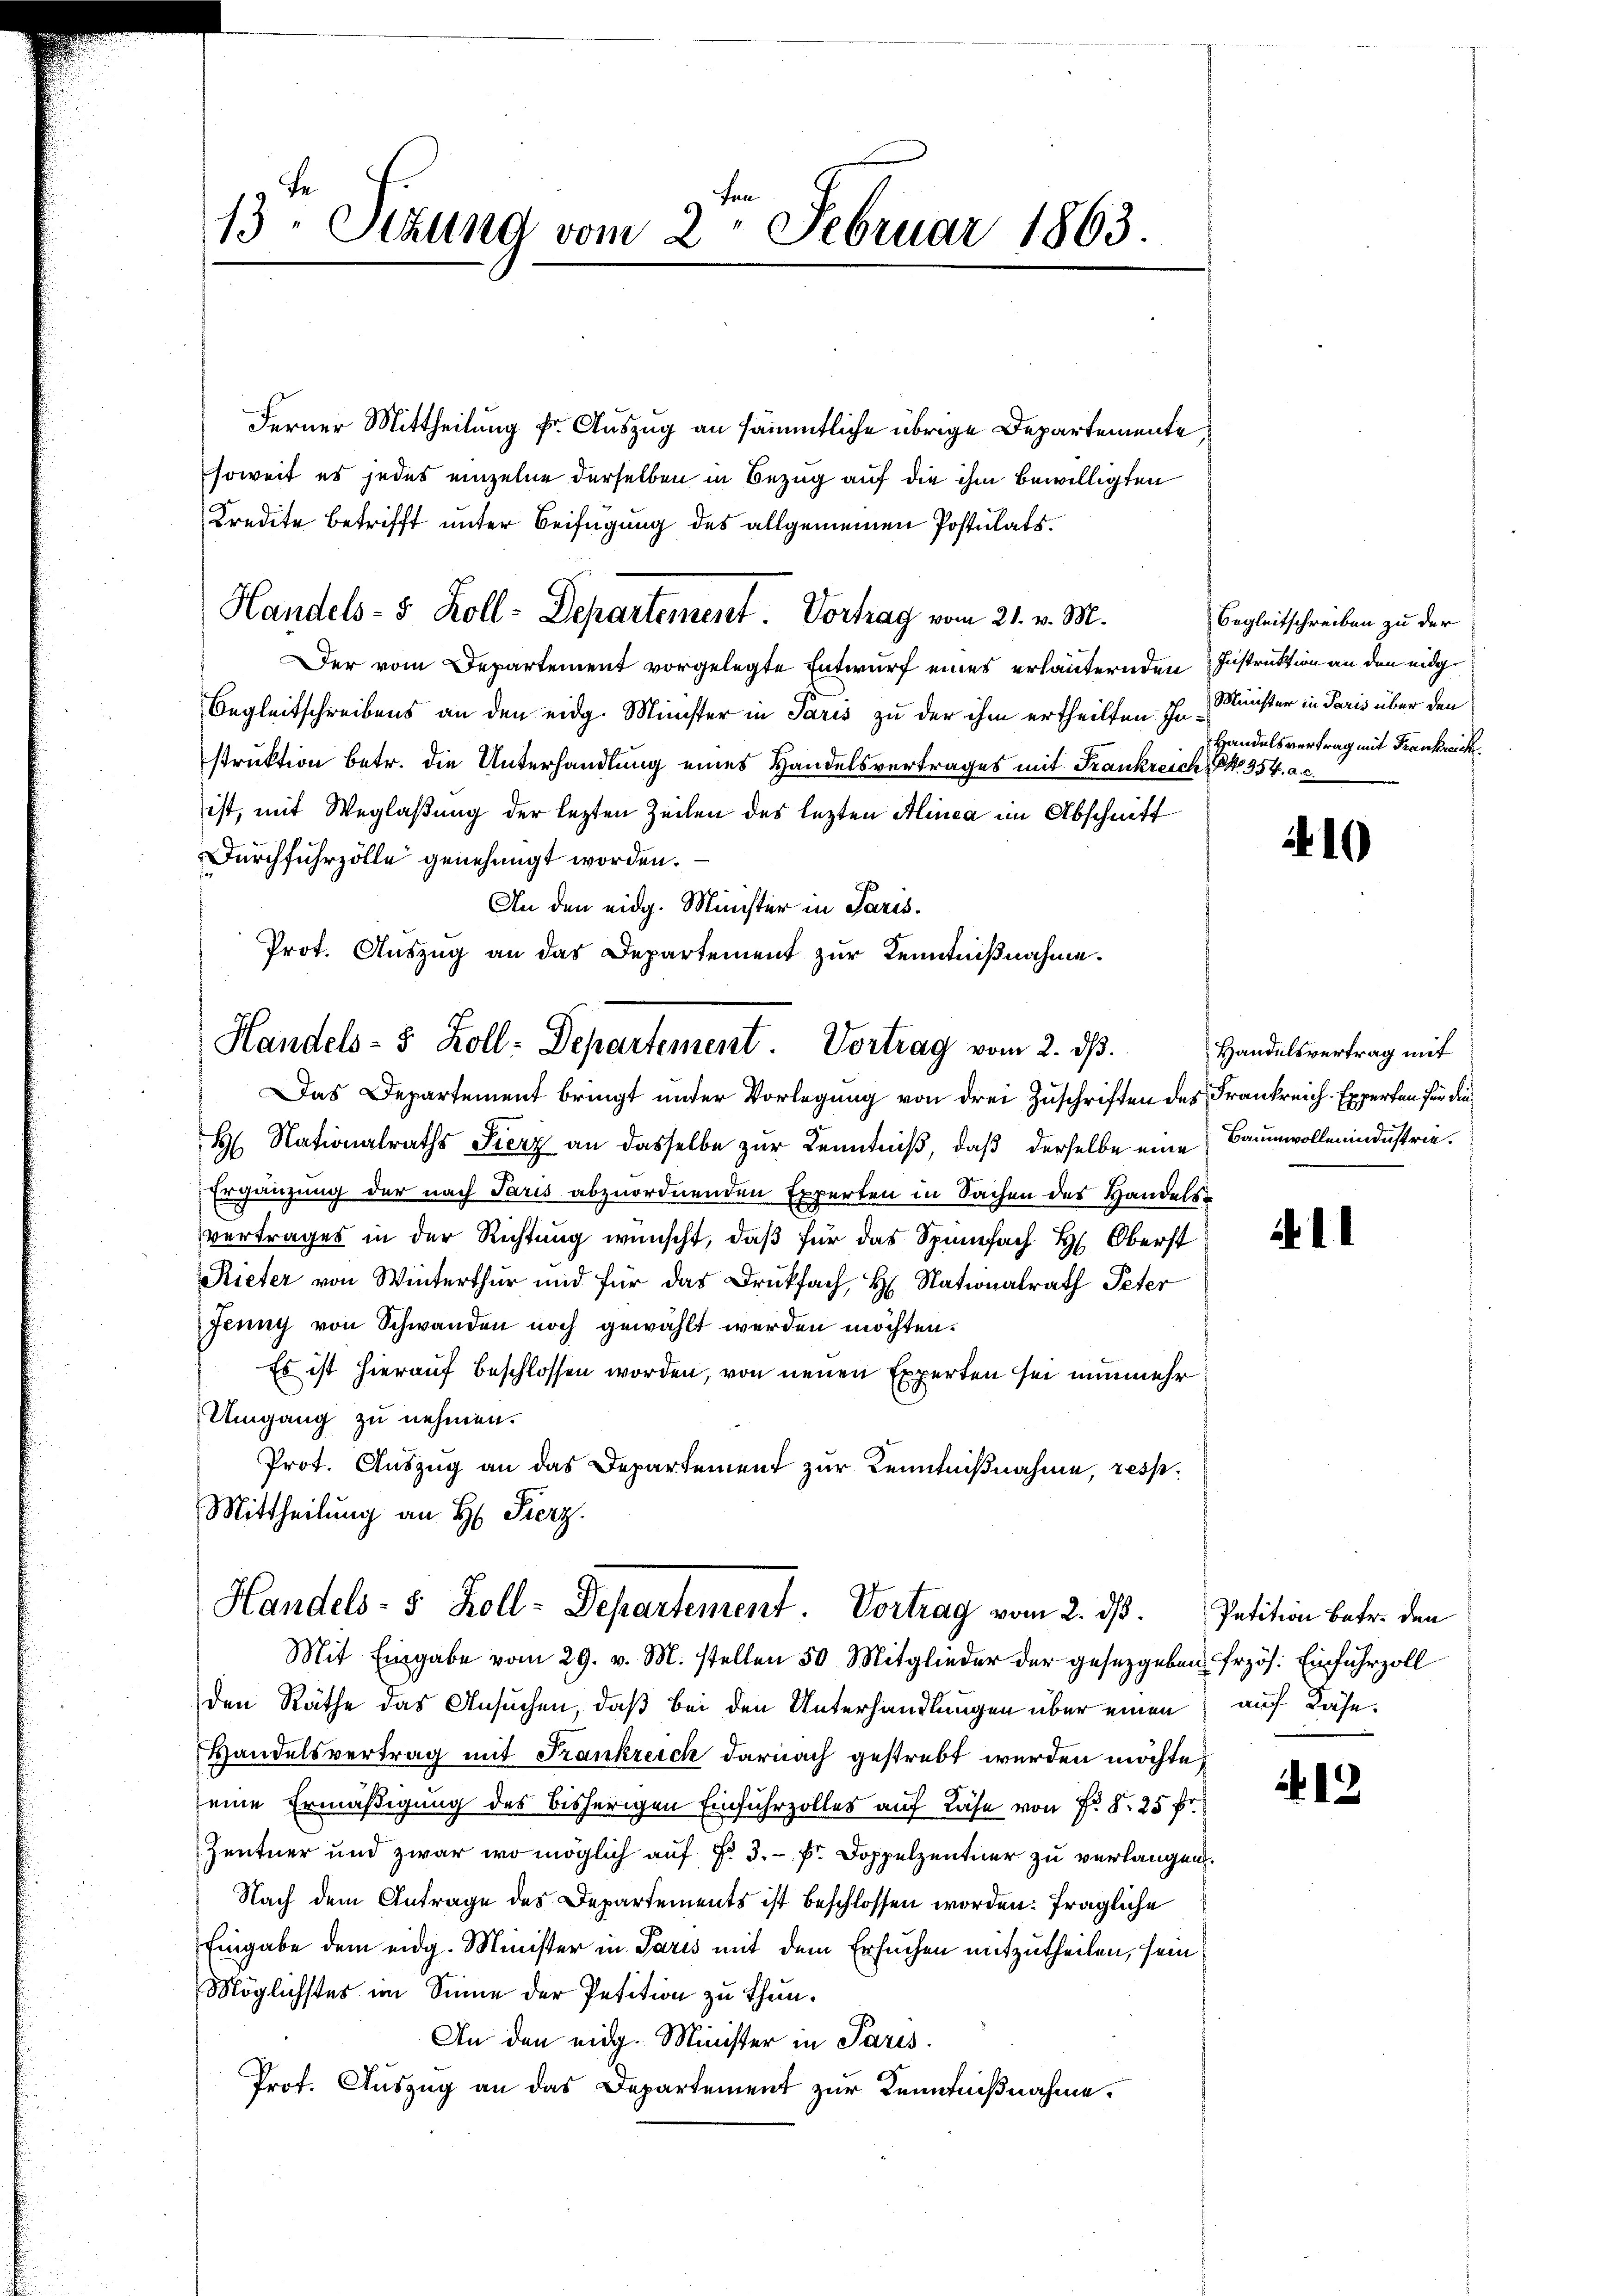
ten
13. Stund vom 2. Februar 1863.

Ferner Mittheilung k. Auszug an sämmtliche übrige Departemente
soweit es jedes einzelne derselben in Bezug auf die ihm bewilligten
Kredite betrifft unter Beifügung des allgemeinen Postulats¬
Der vom Departement vorgelegte Entwurf eines erläuternden Instruktion an den eidg
Begleitschreibens an den eidg. Minister in Paris zu der ihm ertheilten ihr Minister in Paris über den
struktion betr. die Unterhandlung eines Handelsvertrages mit Frankreich No. 354. a. c.
ist, mit Weglaßung der lezten Zeilen des lezten Alinea im Abschnitt
Durchfuhrzölle genehmigt worden.
An den eidg. Minister in Paris.
Prot. Auszug an das Departement zur Kenntnißnahme.

Handels- 5. Koll-Departement. Vorhag vom 21. v. M.

Handels- 5 Zoll-Departement. Vortrag vom 2. dβ.

Das Departement bringt unter Vorlegung von drei Zuschriften des Frankreich. Experten für die¬
H Nationalraths Fierz an dasselbe zur Kenntniß, daß derselbe eine Baumwollenindustrie¬
Ergänzung der nach Paris abzuordnenden Experten in Sachen des Handelsvertrages in der Richtung wünscht, daß für das Spinfach H. Oberst
Rieter von Winterthur und für das Drukfach, H. Nationalrath Peter
Jenny von Schwanden noch gewählt werden möchten.
Es ist hierauf beschlossen worden, von neuen Experten sei nunmehr
Umgang zu nehmen.
Prot. Auszug an das Departement zur Kenntnißnahme, resse¬
Mittheilung an H. Fierz

Handels- 5 Zoll-Departement. Vortrag vom 2. ds. Petition betr. den

Mit Eingabe vom 29. v. M. stellen 50 Mitglieder der gesetzgeben Erzös. Einfuhrzoll
den Räthe das Ansuchen, daß bei den Unterhandlungen über einen
Handelsvertrag mit Frankreich darnach gestrebt werden möchte,
eine Ermäßigung des bisherigen Einfuhrzolles auf Läse von Nr §. 25 fr.
Zentner und zwar wo möglich auf §. 3. - Er Doppelzentner zu verlangen.
Nach dem Antrage des Departements ist beschlossen worden: fragliche
Eingabe dem eidg. Minister in Paris mit dem Ersuchen mitzutheilen, sein
Möglichstes im Sinne der Petition zu thun¬
An den eidg. Minister in Paris.
Prof. Auszug an das Departement zur Kenntnißnahme.

Begleitschreiben zu der
Handelsvertrag mit Frankreich

10

Handelsvertrag mit

auf Nähe.

419